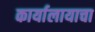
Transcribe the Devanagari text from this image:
कार्यालायाचा